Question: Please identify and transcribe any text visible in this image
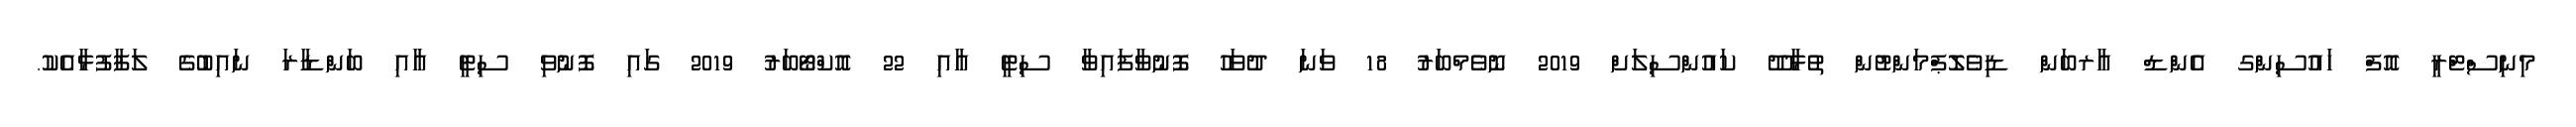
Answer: މިނިސްޓްރީ އޮފް ހައުސިންގ އެންޑް އާރބަން ޑިވެލޮޕްމަންޓުން ތުޅާދޫ ކައުންސިލަށް 2019 ނޮވެމްބަރު 18 ވަނަ ދުވަހު ފޮނުވާފައިވާ ސިޓީ އާއި 22 އޮކްޓޯބަރު 2019 ގައި ފޮނުވި ސިޓީ އާއި ބަންޑާރަ ނައިބުގެ ލަފާފުޅާއެކު.